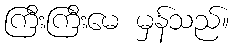
ကြီးကြီးမေ မှန်သည်။